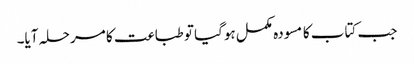
جب کتاب کا مسودہ مکمل ہوگیا تو طباعت کا مرحلہ آیا۔